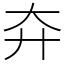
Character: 㚏